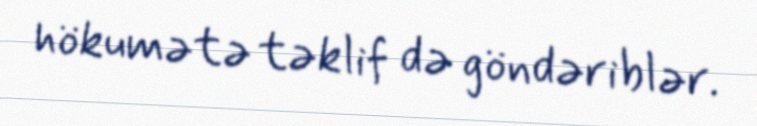
hökumətə təklif də göndəriblər.